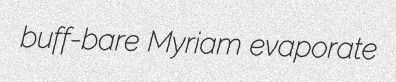
buff-bare Myriam evaporate